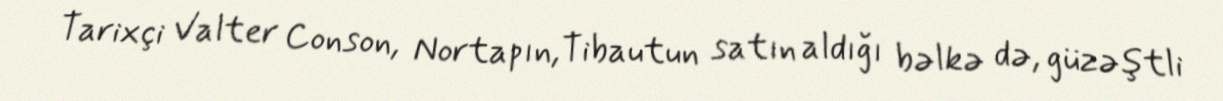
Tarixçi Valter Conson, Nortapın,Tibautun satın aldığı bəlkə də, güzəştli